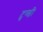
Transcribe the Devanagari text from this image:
टुण्डी